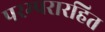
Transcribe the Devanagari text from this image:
परम्परारहित